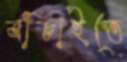
বাঁচাইতে